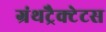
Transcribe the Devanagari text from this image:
ग्रंथट्रैक्टेटस